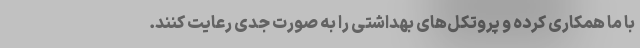
با ما همکاری کرده و پروتکل‌های بهداشتی را به صورت جدی رعایت کنند.